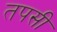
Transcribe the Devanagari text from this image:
तपसी